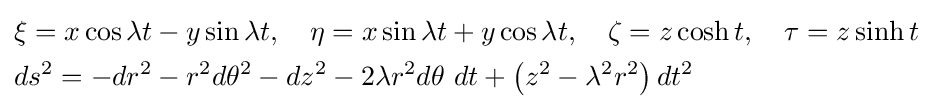
{\begin{aligned}&\xi =x\cos \lambda t-y\sin \lambda t,\quad \eta =x\sin \lambda t+y\cos \lambda t,\quad \zeta =z\cosh t,\quad \tau =z\sinh t\\&ds^{2}=-dr^{2}-r^{2}d\theta ^{2}-dz^{2}-2\lambda r^{2}d\theta \ dt+\left(z^{2}-\lambda ^{2}r^{2}\right)dt^{2}\end{aligned}}